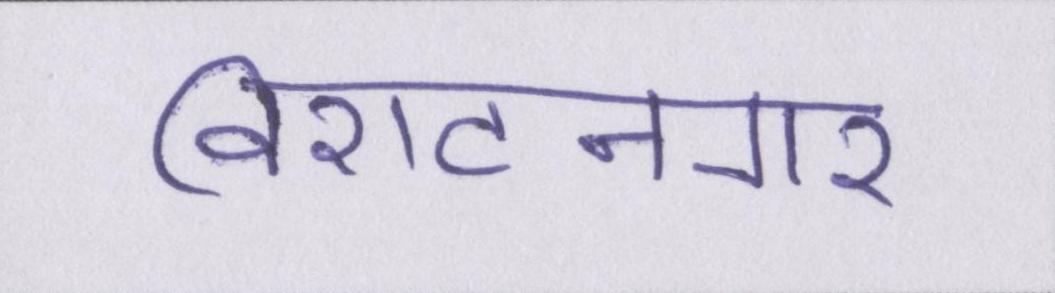
विराटनगर